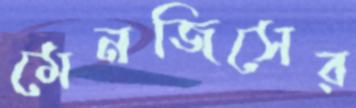
মেনজিসের